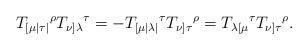
LaTeX: \begin{align*}T_{[\mu \mid \tau \mid }{}^{\rho }T_{\nu ]\lambda }{}^{\tau }=-T_{[\mu \mid\lambda \mid }{}^{\tau }T_{\nu ]\tau }{}^{\rho }=T_{\lambda \lbrack \mu}{}^{\tau }T_{\nu ]\tau }{}^{\rho }. \end{align*}